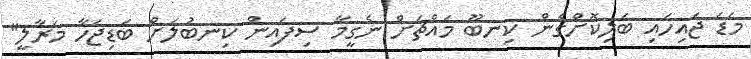
މަޑަ ޖައިހައި ބަލިކޮށްގެން ކިނބޫ މައްޗަށް ނެގީމާ ސިފައިން ކިނބުލަށް ބަޑިޖަހާ މަރާލީ"